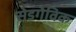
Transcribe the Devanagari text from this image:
सेडगेविक